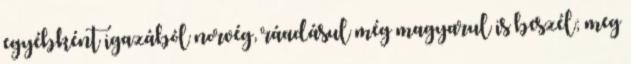
egyébként igazából norvég, ráadásul még magyarul is beszél; meg